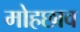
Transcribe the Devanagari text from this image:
मोहछाव